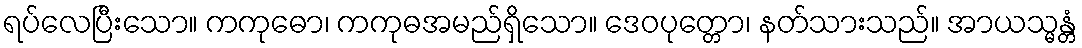
ရပ်လေပြီးသော။ ကကုဓော၊ ကကုဓအမည်ရှိသော။ ဒေဝပုတ္တော၊ နတ်သားသည်။ အာယသ္မန္တံ